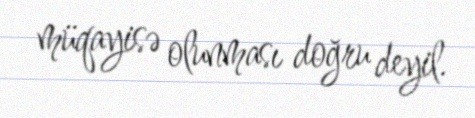
müqayisə olunması doğru deyil.